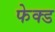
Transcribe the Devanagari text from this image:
फेक्ड